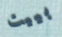
بييت